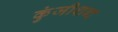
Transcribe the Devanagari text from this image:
कुंजीशब्द